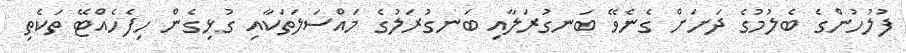
ފުލުހުންގެ ބެލުމުގެ ދަށަށް ގެނެވޭ ބަނގުރަލާއި ބަނގުރަލުގެ މައްސަލަތަކާއި ގުޅިގެން ހިފެހެއްޓޭ ތަކެތި